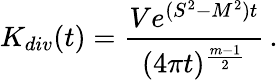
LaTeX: K_{div}(t)=\frac{Ve^{(S^{2}-M^{2})t}}{(4\pi t)^{\frac{m-1}2}}\, .